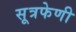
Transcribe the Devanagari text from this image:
सूत्रफेणी